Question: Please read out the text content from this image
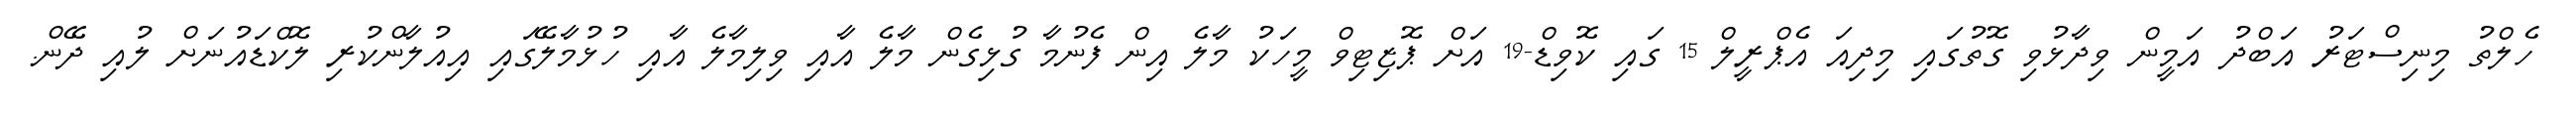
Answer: ހެލްތު މިނިސްޓަރު އަބްދު އަމީން ވިދާޅުވި ގޮތުގައި މިދިއަ އެޕްރީލް 15 ގައި ކޮވިޑް-19 އަށް ޕޮޒިޓިވް މީހަކު މާލެ އިން ފެނުމާ ގުޅިގެން މާލެ އާއި ވިލިމާލެ އާއި ހުޅުމާލޭގައި އިއުލާންކުރި ލޮކްޑައުނަށް ލުއި ދޭން.